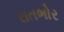
રાતભોર